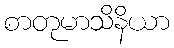
စာတုမာသိနိယာ